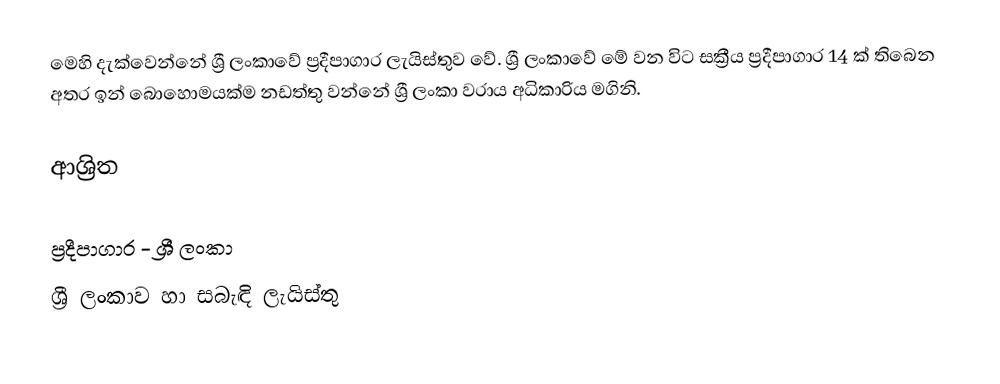
මෙහි දැක්වෙන්නේ ශ්‍රී ලංකාවේ ප්‍රදීපාගාර ලැයිස්තුව වේ. ශ්‍රී ලංකාවේ මේ වන විට සක්‍රීය ප්‍රදීපාගාර 14 ක් තිබෙන අතර ඉන් බොහොමයක්ම නඩත්තු වන්නේ ශ්‍රී ලංකා වරාය අධිකාරිය මගිනි.

ආශ්‍රිත

ප්‍රදීපාගාර - ශ්‍රී ලංකා
ශ්‍රී ලංකාව හා සබැඳි ලැයිස්තු